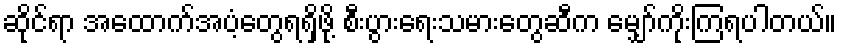
ဆိုင်ရာ အထောက်အပံ့တွေရရှိဖို့ စီးပွားရေးသမားတွေဆီက မျှော်ကိုးကြရပါတယ်။